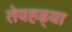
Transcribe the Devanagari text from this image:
तेवहढ्या